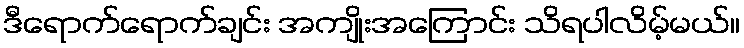
ဒီရောက်ရောက်ချင်း အကျိုးအကြောင်း သိရပါလိမ့်မယ်။